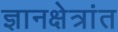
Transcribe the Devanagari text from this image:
ज्ञानक्षेत्रांत